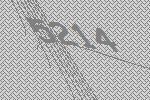
5214